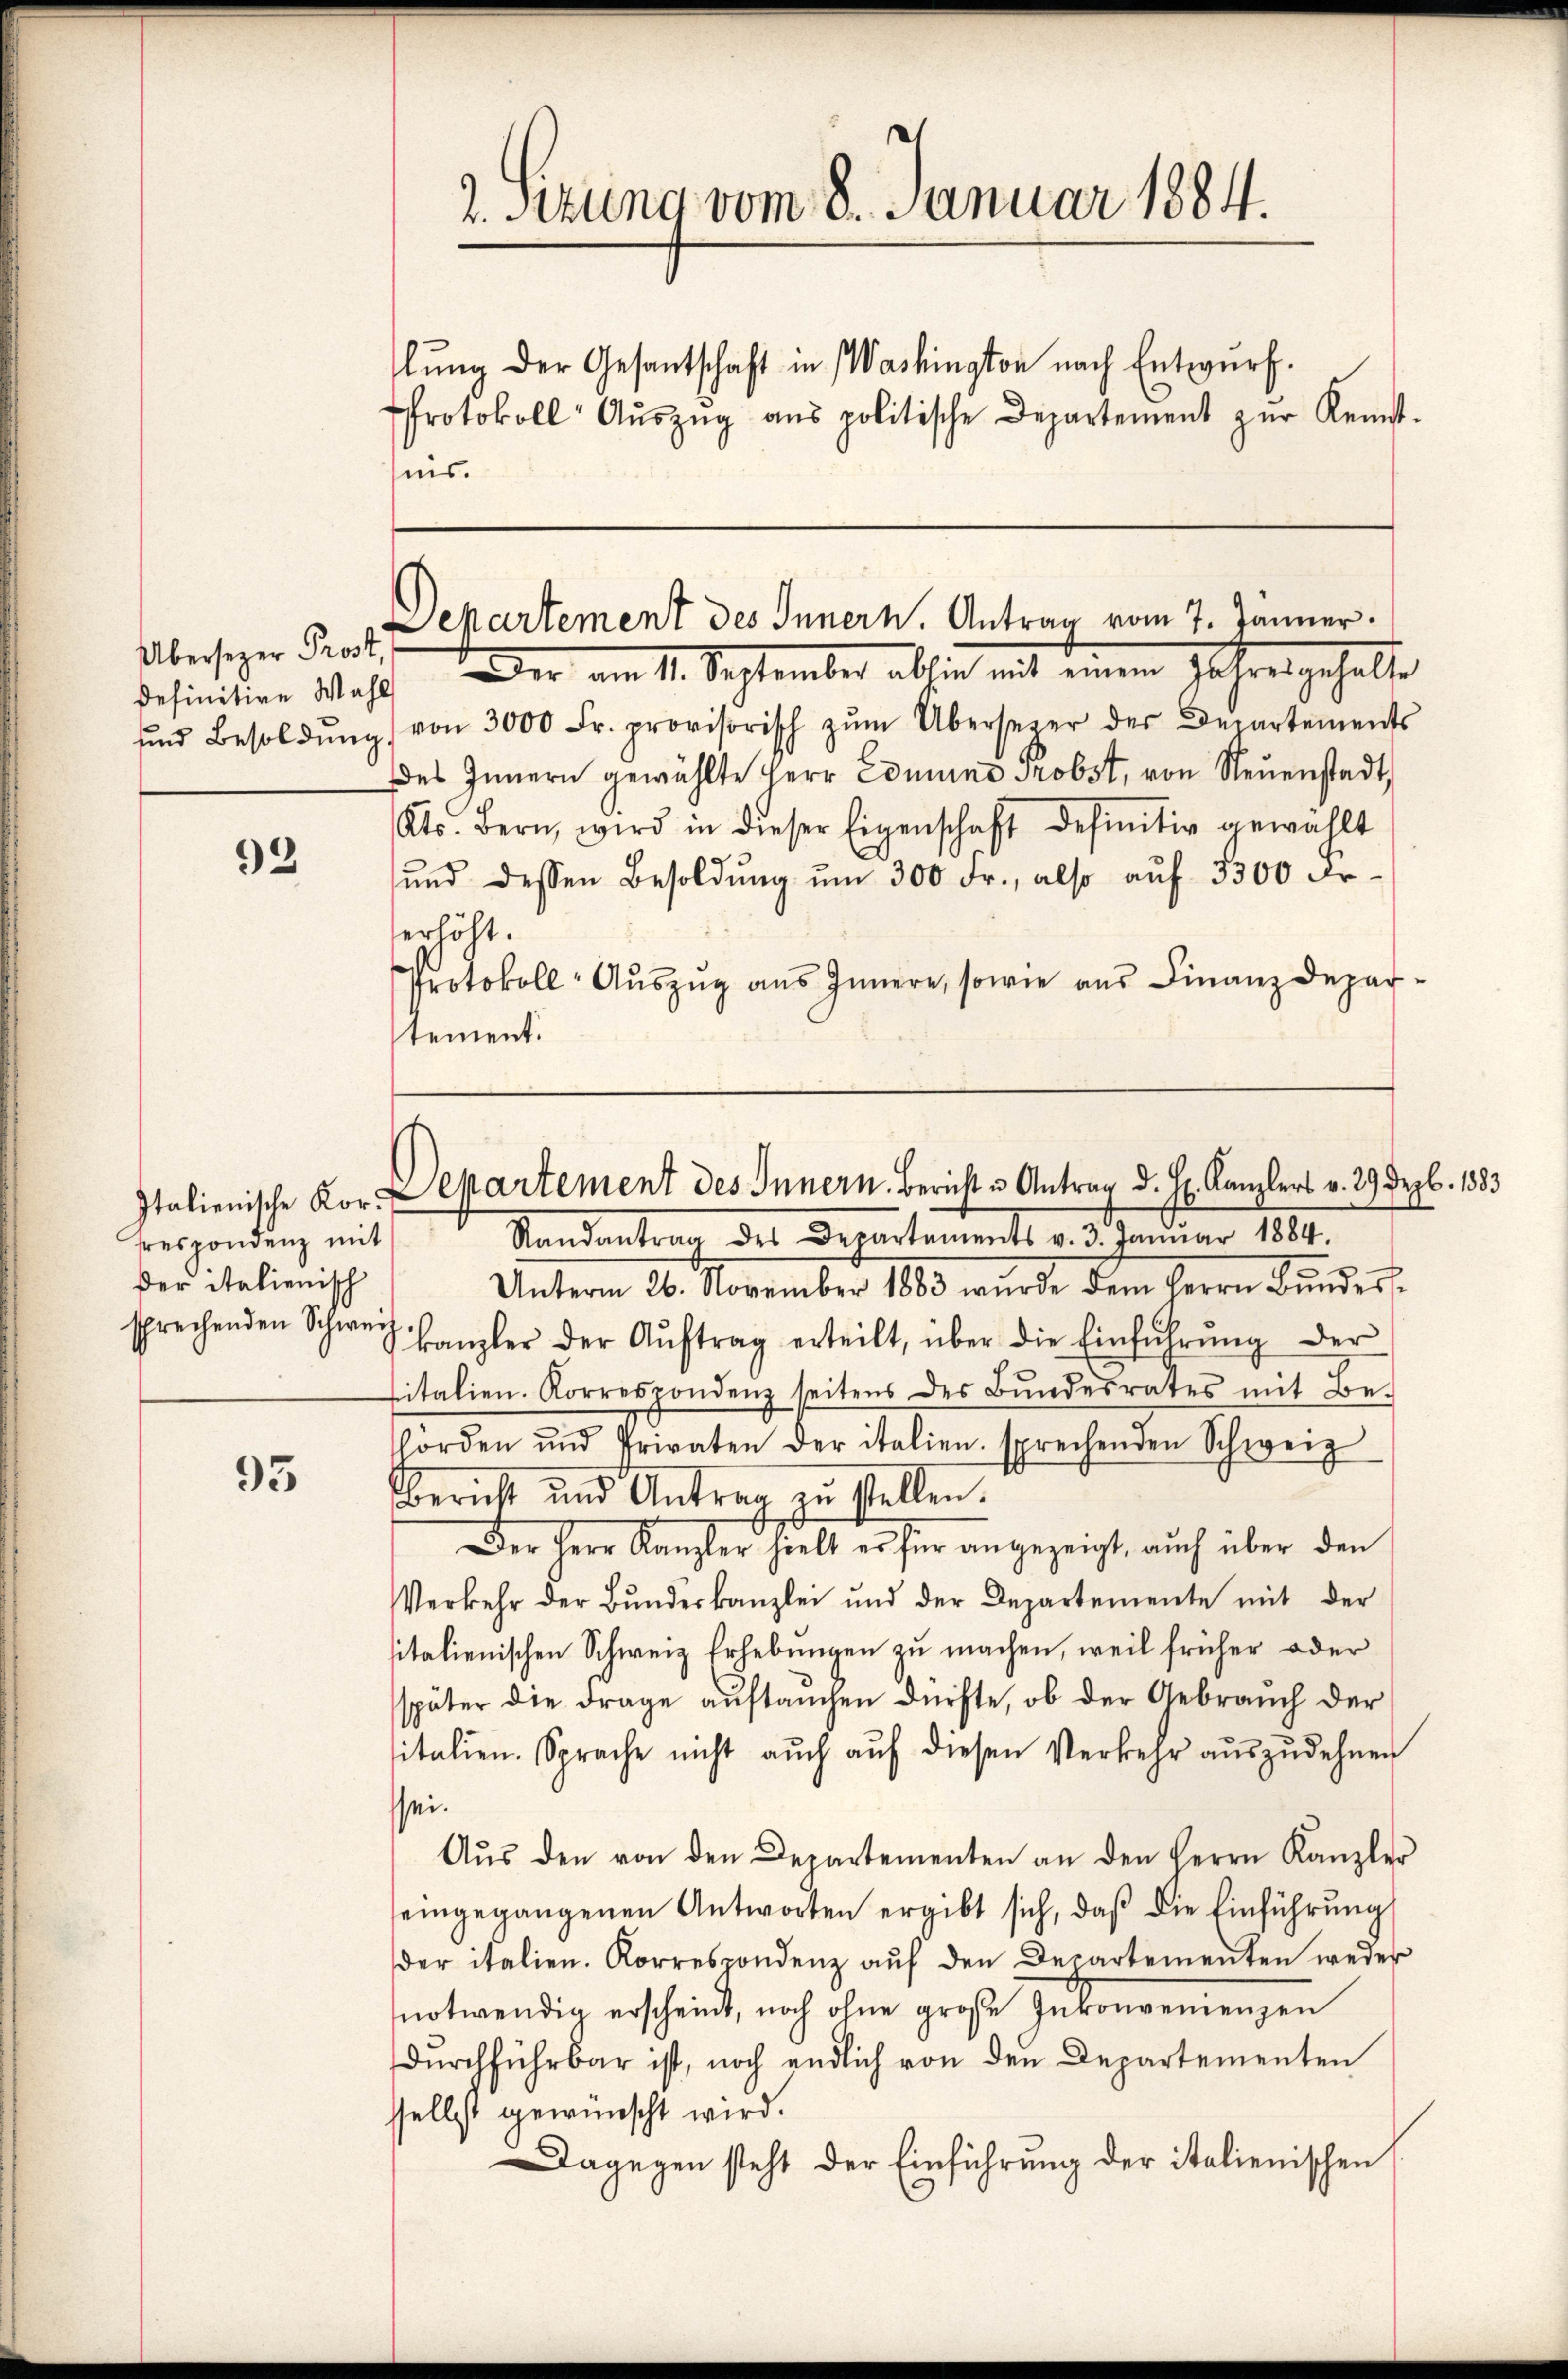
Übersezer Prost,

92

rrespondenz mit
der italienisch

93

Protokoll Aŭszŭg ans politische Departement zŭr Kennt-
nis.

2. Stung vom 8. Januar 1884.

lung der Gesantschaft in Washington nach Entwurf.

Departement des Innern. Antrag vom 7. Jänner.

definition Wahl. Der am 11. September absich mit einen Jahren gehalte
ŭnd Besoldŭng von 3000 Fr. provisorisch zŭm Übersezer der Departements
des Innern gewählte Herr Edmund Probst, von Neŭenstadt,
Kts. Bern, wird in dieser Eigenschaft definitiv gewählt
und dessen Besoldung um 300 Fr., also auf 3300 Frerhöht.
Protokoll-Aŭszŭg aŭs Innere, sowie aŭs Finanzdepar-
tement.

Italienische Kor. Departement des Innern. Bericht u Antrag d. Hr. Kanzlers v. 29 Dezbr. 1883

Randantrag des Departements v. 3. Januar 1884.
Unterm 26. November 1890 wurde dem Herrn Bundessprechenden Schweiz. Canzler der Aŭftrag erteilt, über die Einführŭng der
sitalien. Korrespondenz seitens des Bŭndesrates mit Be-
örden und Privaten der italien sprechenden Schweiz
Bericht und Antrag zu stellen.
Der Herr Kanzler hielt es für angezeigt, auch über den
Verkehr der Bŭndeskanzlei und der Departemente mit der
sitalienischen Schweiz Erhebungen zu machen, weil früher oder
später die Frage auftauchen dürfte, ob der Gebrauch der
sitalien. Sprache nicht auch aŭf diesen Verkehr auszudehnen
sei.
Aŭs den von den Departementen an den Herrn Kanzler
seingegangenen Antworten ergibt sich, daß die Einführung
der italien. Korrespondenz aŭf den Departementen weder
notwendig erscheint, noch ohne große Inkonvenienzen
dŭrchführbar ist, noch endlich von den Departementen
selbst gewünscht wird.
Dagegen steht der Einführung der italienischen